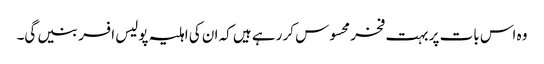
وہ اس بات پر بہت فخر محسوس کر رہے ہیں کہ ان کی اہلیہ پولیس افسر بنیں گی۔